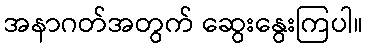
အနာဂတ်အတွက် ဆွေးနွေးကြပါ။